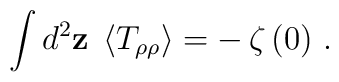
\int d^2{\bf z}\;\left< T_{\rho\rho} \right> = -\,\zeta\,(0)\ .